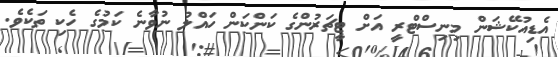
އެޑިއުކޭޝަން މިނިސްޓްރީ އަށް ޓީޗަރުންގެ ކަންކަން ހައްލު ނުވާނެ ކަމުގެ ހެކި ތަކެވެ.